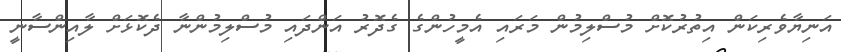
އަނިޔާވެރިކަން އިތުރުކޮށް މުސްލިމުން މަރައި އެމީހުންގެ ގެދޮރު އަންދައި މުސްލިމުންނާ ދެކޮޅަށް ލާއިންސާނީ